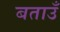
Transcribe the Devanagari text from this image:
बताउँ